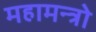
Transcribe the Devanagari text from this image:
महामन्त्रो